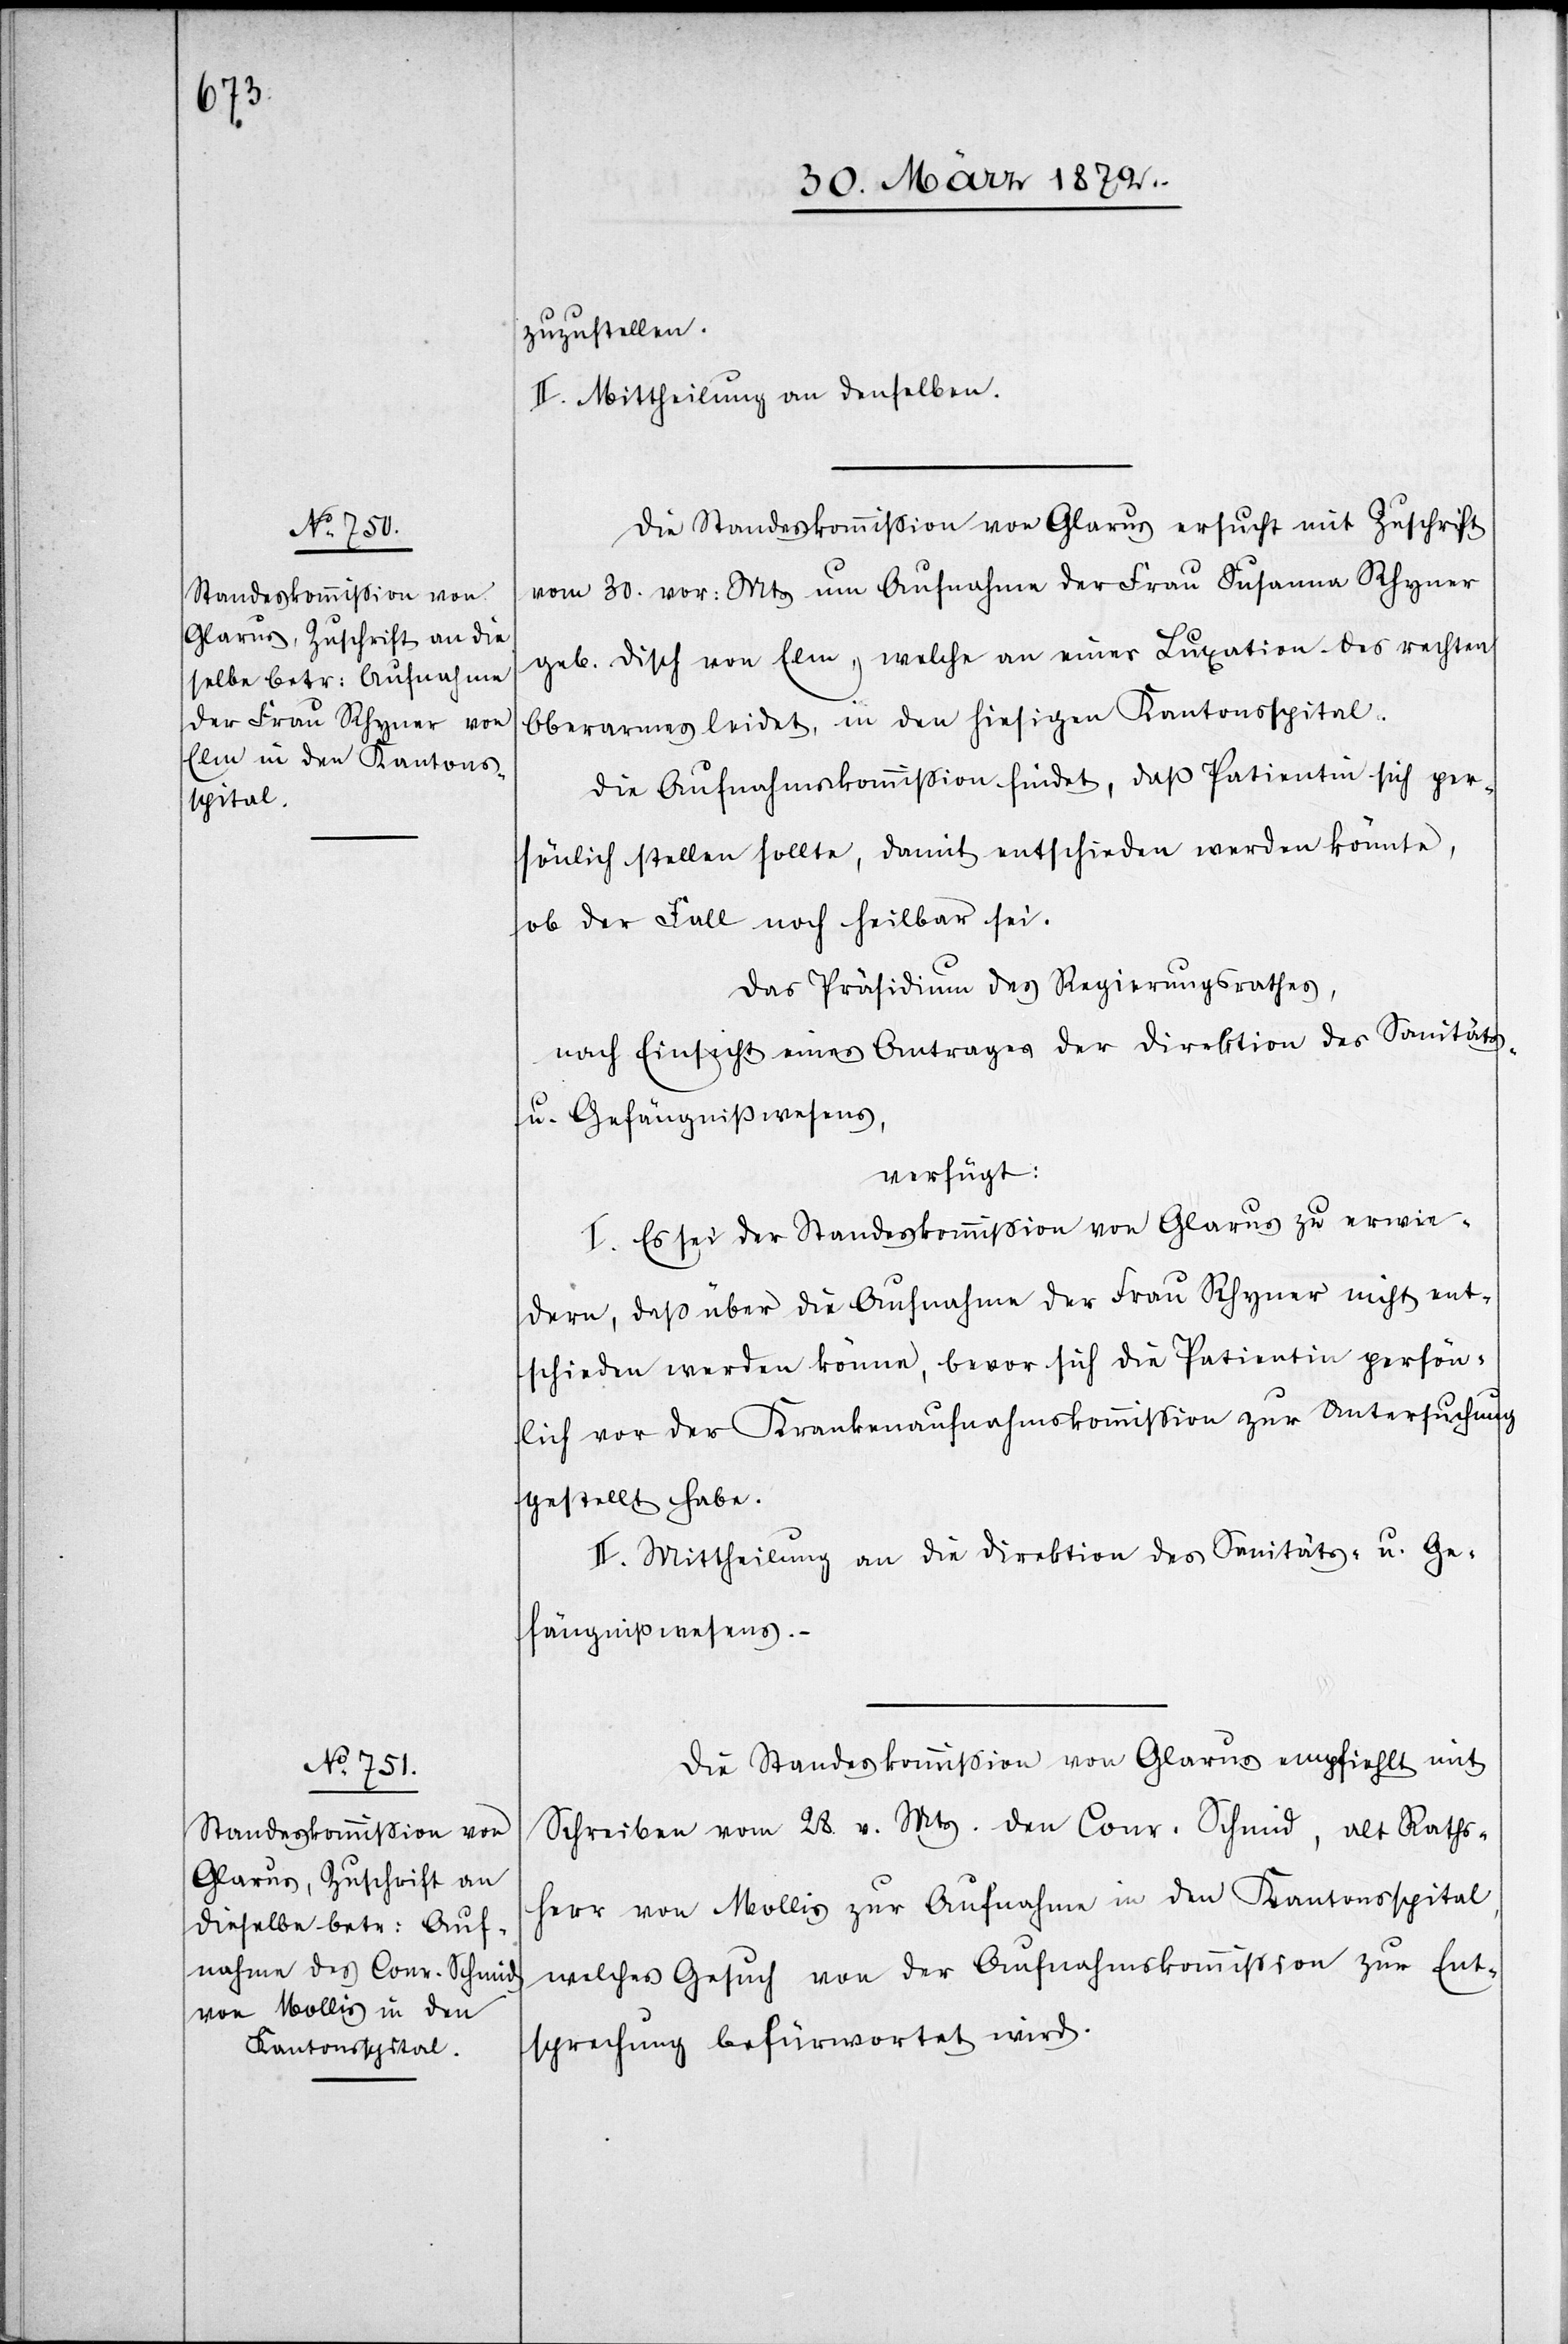
zuzustellen.
II. Mittheilung an denselben.
Die Standeskommission von Glarus ersucht mit Zuschrift
vom 30. vor: Mts um Aufnahme der Frau Susanna Rhyner
geb. Disch von Elm, welche an einer Luxation des rechten
Oberarmes leidet, in den hiesigen Kantonsspital.
Die Aufnahmskommission findet, daß Patienten sich per¬
sönlich stellen sollte, damit entschieden werden könnte,
ob der Fall noch heilbar sei.
Das Präsidium des Regierungsrathes,
nach Einsicht eines Antrages der Direktion des Sanitäts-
u. Gefängnißwesens,
verfügt:
I. Es sei der Standeskommission von Glarus zu erwie¬
dern, daß über die Aufnahme der Frau Rhyner nicht ent¬
schieden werden könne, bevor sich die Patientin persön¬
lich vor der Krankenaufnahmskommission zur Untersuchung
gestellt habe.
II. Mittheilung an die Direktion des Sanitäts- u. Ge¬
fängnißwesens. –
Die Standeskommission von Glarus empfiehlt mit
Schreiben vom 28. v. Mts. den Conr. Schmid, alt Raths¬
herr von Mollis zur Aufnahme in den Kantonsspital,
welches Gesuch von der Aufnahmskommission zur Ent¬
sprechung befürwortet wird.